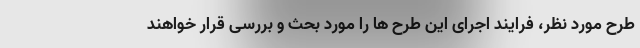
طرح مورد نظر، فرایند اجرای این طرح ها را مورد بحث و بررسی قرار خواهند